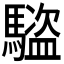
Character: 𬳰